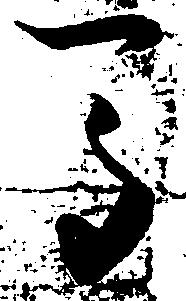
馬